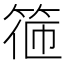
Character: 𥮃